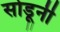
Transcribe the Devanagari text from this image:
सोडूनी